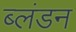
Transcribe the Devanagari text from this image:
ब्लंडन